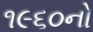
૧૯૬૦નો